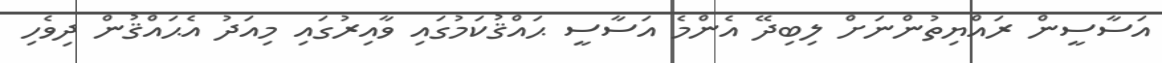
އަސާސީން ރައްޔިތުންނަށް ލިބިދޭ އެންމެ އަސާސީ ޙައްޤުކަމުގައި ވާއިރުގައި މިއަދު އެޙައްޤުން ދިވެހި